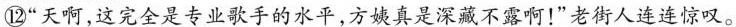
⑫”天啊，这完全是专业歌手的水平，方姨真是深藏不露啊！”老街人连连惊叹。